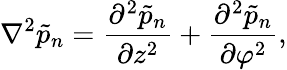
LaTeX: \nabla^{2}\tilde{p}_{n}=\frac{\partial^{2}\tilde{p}_{n}}{\partial z^{2}}+\frac{\partial^{2}\tilde{p}_{n}}{\partial\varphi^{2}},